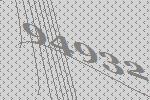
94932